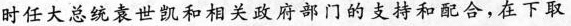
时任大总统袁世凯和相关政府部门的支持和配合，在下取